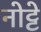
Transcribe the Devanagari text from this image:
नोट्टे